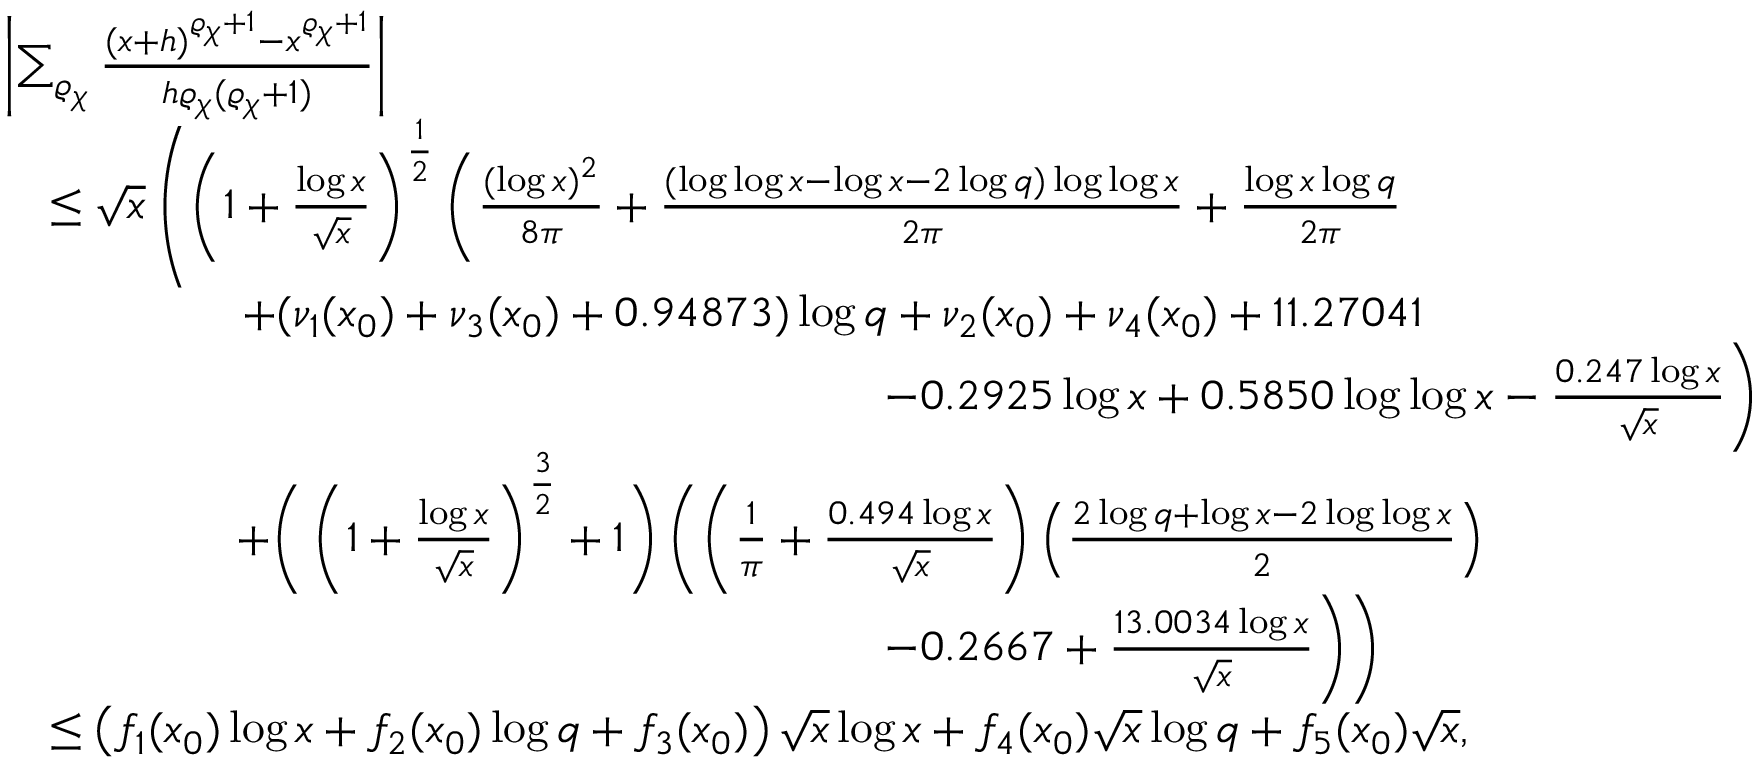
\begin{array} { r l } & { \left| \sum _ { \varrho _ { \chi } } \frac { ( x + h ) ^ { \varrho _ { \chi } + 1 } - x ^ { \varrho _ { \chi } + 1 } } { h \varrho _ { \chi } ( \varrho _ { \chi } + 1 ) } \right| } \\ & { \quad \leq \sqrt { x } \left( \left( 1 + \frac { \log { x } } { \sqrt { x } } \right) ^ { \frac { 1 } { 2 } } \left( \frac { ( \log { x } ) ^ { 2 } } { 8 \pi } + \frac { ( \log \log { x } - \log { x } - 2 \log { q } ) \log \log { x } } { 2 \pi } + \frac { \log { x } \log { q } } { 2 \pi } \right. \right. } \\ & { \quad \qquad \qquad \left. \left. + ( \nu _ { 1 } ( x _ { 0 } ) + \nu _ { 3 } ( x _ { 0 } ) + 0 . 9 4 8 7 3 ) \log { q } + \nu _ { 2 } ( x _ { 0 } ) + \nu _ { 4 } ( x _ { 0 } ) + 1 1 . 2 7 0 4 1 \right. \right. } \\ & { \quad \qquad \qquad \qquad \qquad \qquad \qquad \qquad \qquad \qquad \left. \left. - 0 . 2 9 2 5 \log { x } + 0 . 5 8 5 0 \log \log { x } - \frac { 0 . 2 4 7 \log { x } } { \sqrt { x } } \right) \right. } \\ & { \quad \qquad \qquad \left. + \bigg ( \left( 1 + \frac { \log { x } } { \sqrt { x } } \right) ^ { \frac { 3 } { 2 } } + 1 \bigg ) \left( \left( \frac { 1 } { \pi } + \frac { 0 . 4 9 4 \log { x } } { \sqrt { x } } \right) \left( \frac { 2 \log { q } + \log { x } - 2 \log \log { x } } { 2 } \right) \right. \right. } \\ & { \quad \qquad \qquad \qquad \qquad \qquad \qquad \qquad \qquad \qquad \left. \left. - 0 . 2 6 6 7 + \frac { 1 3 . 0 0 3 4 \log { x } } { \sqrt { x } } \right) \right) } \\ & { \quad \leq \left( f _ { 1 } ( x _ { 0 } ) \log { x } + f _ { 2 } ( x _ { 0 } ) \log { q } + f _ { 3 } ( x _ { 0 } ) \right) \sqrt { x } \log { x } + f _ { 4 } ( x _ { 0 } ) \sqrt { x } \log { q } + f _ { 5 } ( x _ { 0 } ) \sqrt { x } , } \end{array}